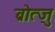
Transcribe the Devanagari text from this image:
ब्रोत्ज़ु